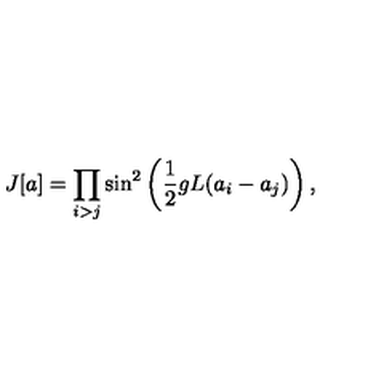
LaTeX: J [ a ] = \prod _ { i > j } \sin ^ { 2 } \left( \frac { 1 } { 2 } g L ( a _ { i } - a _ { j } ) \right) ,